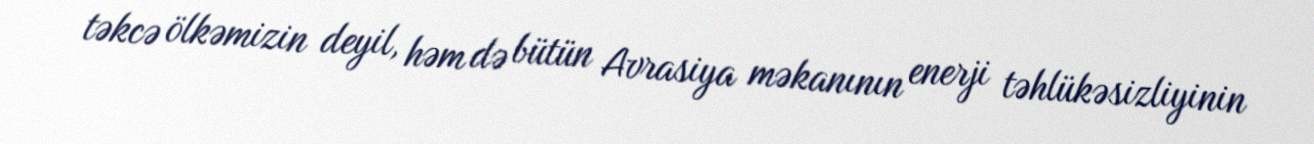
təkcə ölkəmizin deyil, həm də bütün Avrasiya məkanının enerji təhlükəsizliyinin